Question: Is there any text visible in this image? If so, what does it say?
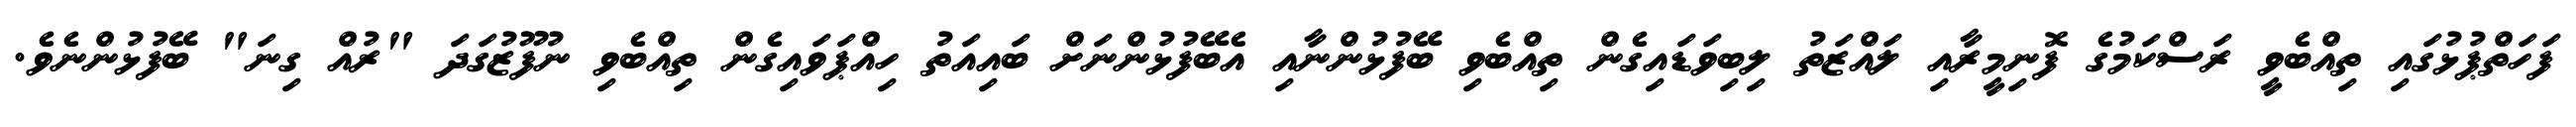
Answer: ފަހަތްޕުޅުގައި ތިއްބެވީ ރަސްކަމުގެ ފޮނިމީރާއި ލައްޒަތު ލިބިވަޑައިގެން ތިއްބެވި ބޭފުޅުންނާއި އެބޭފުޅުންނަށް ބައިއަތު ހިއްޕަވައިގެން ތިއްބެވި ނުފޫޒުގަދަ "ރުއް ގިނަ" ބޭފުޅުންނެވެ.